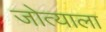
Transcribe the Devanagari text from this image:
जोत्याला